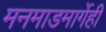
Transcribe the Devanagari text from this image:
मनमाडमार्गेही